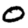
Digit: 0